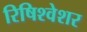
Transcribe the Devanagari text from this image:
रिषिश्वेशर